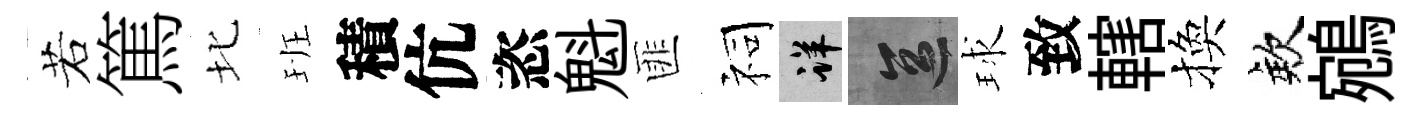
若篤北班積伉恣魁匪祠详區球致轄換欸鵷